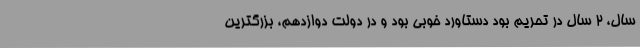
سال، ۲ سال در تحریم بود دستاورد خوبی بود و در دولت دوازدهم، بزرگترین